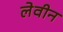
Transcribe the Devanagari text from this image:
लेवीन